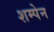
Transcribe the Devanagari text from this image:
शम्पेन